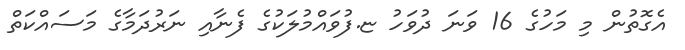
އެގޮތުން މި މަހުގެ 16 ވަނަ ދުވަހު ޏ.ފުވައްމުލަކުގެ ފެނާއި ނަރުދަމާގެ މަސައްކަތް